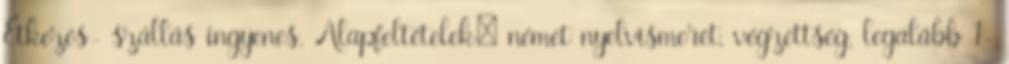
Étkezés- szállás ingyenes. Alapfeltételek: német nyelvismeret, végzettség, legalább 1-